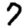
Digit: 7